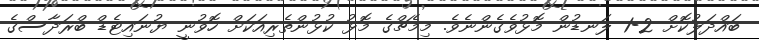
ބައްދަލުކޮށް 2-1 ލަނޑުން މޮޅުވެގެންނެވެ. މިމެޗްގެ މޮޅު ކުޅުންތެރިއަކަށް ހޮވުނީ ޔުނައިޓެޑް ބްރަދާސްގެ